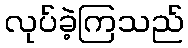
လုပ်ခဲ့ကြသည်